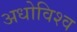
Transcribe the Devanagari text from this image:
अधोविश्व